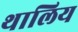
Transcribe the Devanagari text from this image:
थालिय